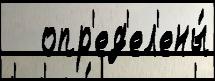
   опр'ед'ел'ены́